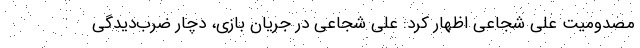
مصدومیت علی شجاعی اظهار کرد: علی شجاعی در جریان بازی، دچار ضرب‌دیدگی